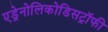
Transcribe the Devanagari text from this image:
एड्रेनोलिकोडिसट्रॉफी